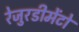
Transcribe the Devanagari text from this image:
रेजुरडीमेंटो